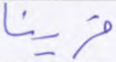
قرينا